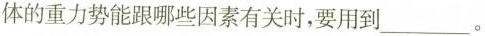
体的重力势能跟哪些因素有关时，要用到___。